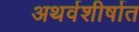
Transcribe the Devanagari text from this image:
अथर्वशीर्षात